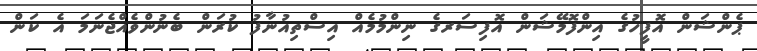
ޕެންޝަން އޮފީހުގެ އިންފޮމޭޝަން އޮފިސަރގެ ނިންމުމެއް އިސްތިއުނާފު ކުރަން ބެނުންވެއްޖެނަމަ އެ ކަން